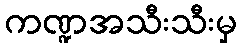
ကဏ္ဍအသီးသီးမှ